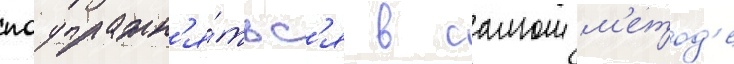
поупражн'я́тьс'я в самом м'етод'е